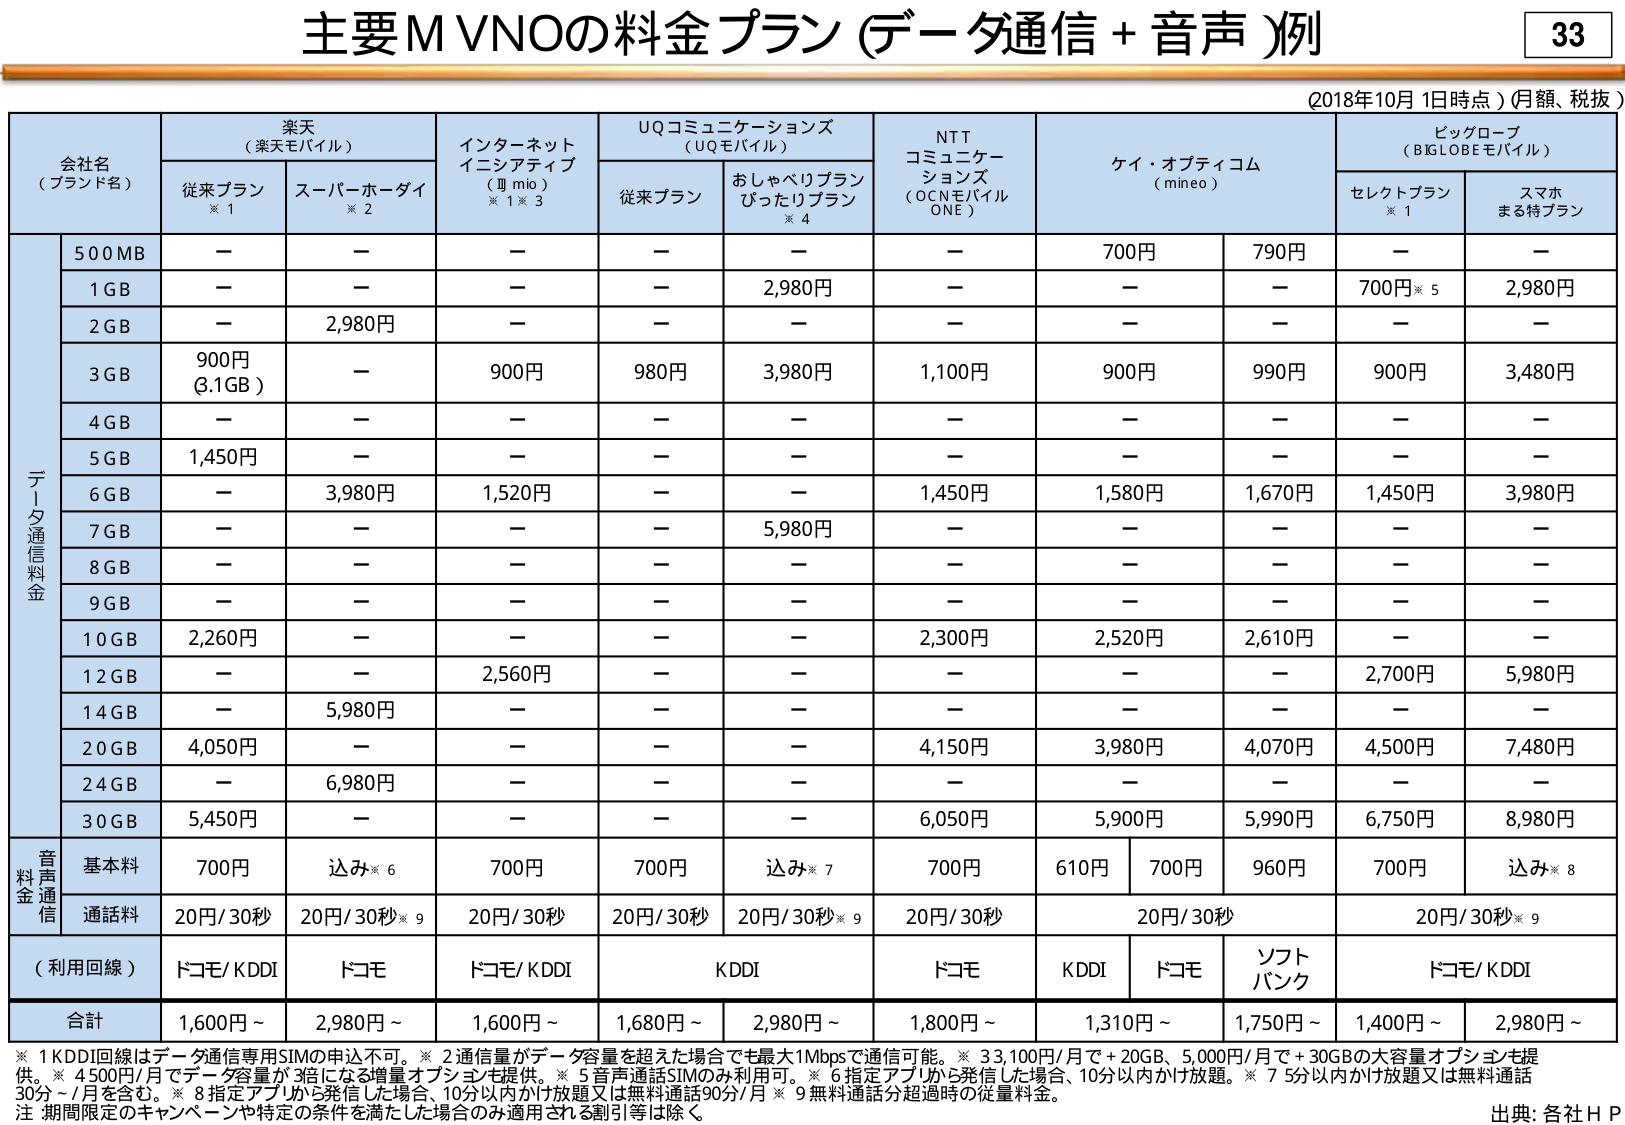
主要MVNOの料金プラン（データ通信＋音声）例

33

（2018年10月1日時点）（月額、税抜）

会社名
（ブランド名）

楽天
（楽天モバイル）

インターネット
イニシアティブ
（II mio）
※1※3

UQコミュニケーションズ
（UQモバイル）

NTT
コミュニケーションズ
（OCNモバイルONE）

ケイ・オプティコム
（mineo）

ビッグローブ
（BIGLOBEモバイル）

従来プラン
※1

スーパーホーダイ
※2

従来プラン

おしゃべりプラン
ぴったりプラン
※4

セレクトプラン
※1

スマホまる特プラン

データ通信料金

500MB

—

—

—

—

—

—

700円

790円

—

—

1GB

—

—

—

—

2,980円

—

—

—

700円※5

2,980円

2GB

—

2,980円

—

—

—

—

—

—

—

—

3GB

900円
（3.1GB）

—

900円

980円

3,980円

1,100円

900円

990円

900円

3,480円

4GB

—

—

—

—

—

—

—

—

—

—

5GB

1,450円

—

—

—

—

—

—

—

—

—

6GB

—

3,980円

1,520円

—

—

1,450円

1,580円

1,670円

1,450円

3,980円

7GB

—

—

—

—

5,980円

—

—

—

—

—

8GB

—

—

—

—

—

—

—

—

—

—

9GB

—

—

—

—

—

—

—

—

—

—

10GB

2,260円

—

—

—

—

2,300円

2,520円

2,610円

—

—

12GB

—

—

2,560円

—

—

—

—

2,700円

5,980円

14GB

—

5,980円

—

—

—

—

—

—

—

—

20GB

4,050円

—

—

—

—

4,150円

3,980円

4,070円

4,500円

7,480円

24GB

—

6,980円

—

—

—

—

—

—

—

—

30GB

5,450円

—

—

—

—

6,050円

5,900円

5,990円

6,750円

8,980円

音声通信料金

基本料

700円

込み※6

700円

700円

込み※7

700円

610円

700円

960円

700円

込み※8

通話料

20円/30秒

20円/30秒※9

20円/30秒

20円/30秒

20円/30秒※9

20円/30秒

20円/30秒

20円/30秒※9

（利用回線）

ドコモ/KDDI

ドコモ

ドコモ/KDDI

KDDI

ドコモ

KDDI

ドコモ

ソフトバンク

ドコモ/KDDI

合計

1,600円～

2,980円～

1,600円～

1,680円～

2,980円～

1,800円～

1,310円～

1,750円～

1,400円～

2,980円～

※1 KDDI回線はデータ通信専用SIMの申込不可。※2 通信量がデータ容量を超えた場合でも最大1Mbpsで通信可能。※3 33,100円/月で＋20GB、5,000円/月で＋30GBの大容量オプションも提供。※4 500円/月でデータ容量が3倍になる増量オプションも提供。※5 音声通話SIMのみ利用可。※6 指定アプリから発信した場合、10分以内かけ放題。※7 5分以内かけ放題又は無料通話30分~/月を含む。※8 指定アプリから発信した場合、10分以内かけ放題又は無料通話90分/月 ※9 無料通話分超過時の従量料金。

注：期間限定のキャンペーンや特定の条件を満たした場合のみ適用される割引等は除く。

出典：各社ＨＰ